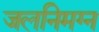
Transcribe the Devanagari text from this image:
जलनिमग्न